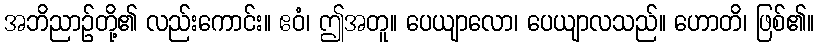
အဘိညာဉ်တို့၏ လည်းကောင်း။ ဧဝံ၊ ဤအတူ။ ပေယျာလော၊ ပေယျာလသည်။ ဟောတိ၊ ဖြစ်၏။